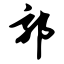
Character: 郭